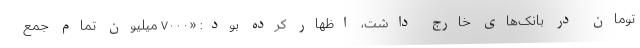
تومان در بانک‌های خارج داشت، اظهار کرده بود: «۷۰۰۰ میلیون تمام جمع